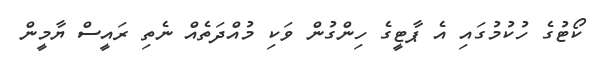
ކޯޓުގެ ހުކުމުގައި އެ ޕާޓީގެ ހިންގުން ވަކި މުއްދަތެއް ނެތި ރައީސް ޔާމީން